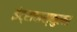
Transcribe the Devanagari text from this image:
इंट्रावास्कुलर